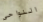
النواحي